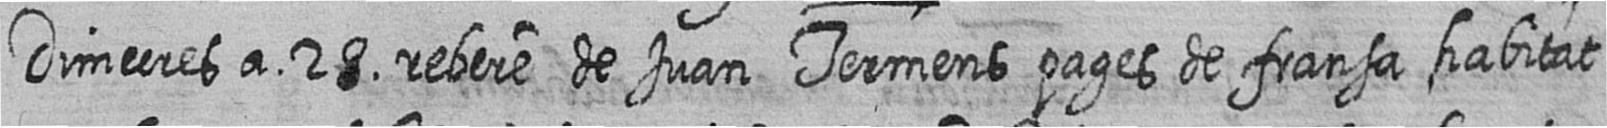
Dimecres a 28 rebere de Juan Termens pages de fransa habitat